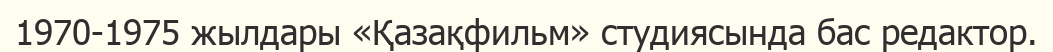
1970-1975 жылдары «Қазақфильм» студиясында бас редактор.